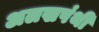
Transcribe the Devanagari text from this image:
अलखपंथी